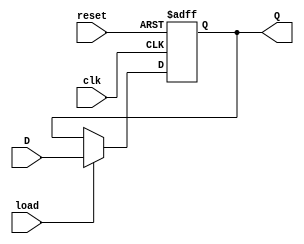
`define bits 9
module Register (
	input [`bits-1:0] D,
	input reset, clk, load,
	output reg [`bits-1:0] Q
);
	always @(posedge clk or negedge reset) begin
		if(!reset)
			Q <= 9'b0;
		else if(load)
			Q <= D;
	end
endmodule